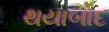
થયાબાદ